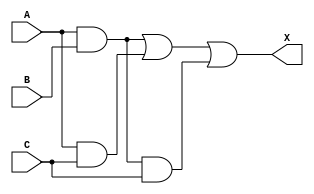
`timescale 1ns / 1ps
//////////////////////////////////////////////////////////////////////////////////
// Company: 
// Engineer: 
// 
// Design Name: 
// Module Name: exp
// Project Name: 
// Target Devices: 
// Tool Versions: 
// Description: 
// 
// Dependencies: 
// 
// Revision:
// Revision 0.01 - File Created
// Additional Comments:
// 
//////////////////////////////////////////////////////////////////////////////////


module exp(A,B,C,X);
input A,B,C;
output X;
assign X=(A&B|A&C)|(A&B&C);
endmodule